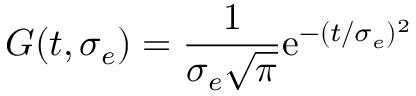
G ( t , \sigma _ { e } ) = \frac { 1 } { \sigma _ { e } \sqrt { \pi } } \mathrm { e } ^ { - ( t / \sigma _ { e } ) ^ { 2 } }